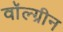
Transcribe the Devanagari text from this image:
वॉल्ग्रीन